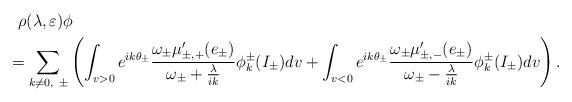
LaTeX: \begin{align*}& \ \ \rho(\lambda,\varepsilon)\phi\\& =\sum_{k\neq0,\ \pm}\left( \int_{v>0}e^{ik\theta_{\pm}}\frac{\omega_{\pm}\mu_{\pm,+}^{\prime}(e_{\pm})}{\omega_{\pm}+\frac{\lambda}{ik}}\phi_{k}^{\pm}(I_{\pm})dv+\int_{v<0}e^{ik\theta_{\pm}}\frac{\omega_{\pm}\mu_{\pm,-}^{\prime}(e_{\pm})}{\omega_{\pm}-\frac{\lambda}{ik}}\phi_{k}^{\pm}(I_{\pm})dv\right) .\end{align*}